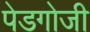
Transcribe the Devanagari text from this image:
पेडगोजी